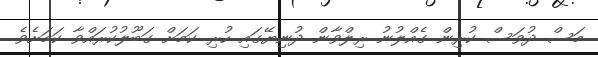
މަސް ދުވަސް ކުރިން ގެއްލުނު ރިލްވާން ދުނިޔޭގައި ހުރި ކަމަށް ގަބޫލުކުރައްވާ ކަމަށެވެ.